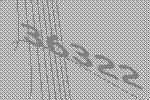
36322